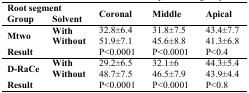
<table><thead><tr><td colspan="2"><b>Root segment</b></td><td rowspan="2"><b>Coronal</b></td><td rowspan="2"><b>Middle</b></td><td rowspan="2"><b>Apical</b></td></tr><tr><td><b>Group</b></td><td><b>Solvent</b></td></tr></thead><tbody><tr><td rowspan="2"><b>Mtwo</b></td><td><b>With</b></td><td>32.8±6.4</td><td>31.8±7.5</td><td>43.4±7.7</td></tr><tr><td><b>Without</b></td><td>51.9±7.1</td><td>45.6±8.8</td><td>41.3±6.8</td></tr><tr><td colspan="2"><b>Result</b></td><td>P&lt;0.0001</td><td>P&lt;0.0001</td><td>P&lt;0.4</td></tr><tr><td rowspan="2"><b>D-RaCe</b></td><td><b>With</b></td><td>29.2±6.5</td><td>32.1±6</td><td>44.3±5.4</td></tr><tr><td><b>Without</b></td><td>48.7±7.5</td><td>46.5±7.9</td><td>43.9±4.4</td></tr><tr><td colspan="2"><b>Result</b></td><td>P&lt;0.0001</td><td>P&lt;0.0001</td><td>P&lt;0.8</td></tr></tbody></table>